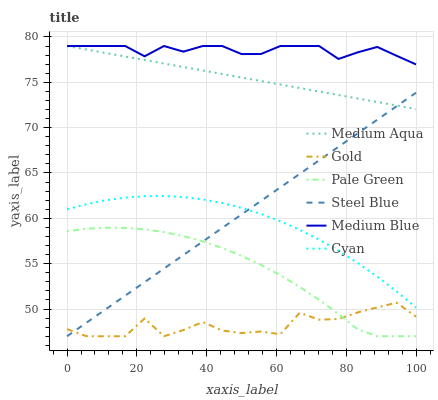
| xaxis_label | Medium Aqua | Gold | Pale Green | Steel Blue | Medium Blue | Cyan |
 | --- | --- | --- | --- | --- | --- | --- |
 | 0 | 79 | 47.8 | 58.6 | 47 | 79 | 61 |
 | 5.56 | 78.6 | 47 | 58.8 | 48.5 | 79 | 61.6 |
 | 11.1 | 78.2 | 47 | 59 | 50 | 79 | 62 |
 | 16.7 | 77.8 | 47 | 58.9 | 51.5 | 79 | 62.3 |
 | 22.2 | 77.5 | 49 | 58.8 | 53 | 77.9 | 62.4 |
 | 27.8 | 77.1 | 47 | 58.5 | 54.5 | 79 | 62.5 |
 | 33.3 | 76.7 | 47.7 | 58 | 56 | 78.4 | 62.3 |
 | 38.9 | 76.3 | 48.6 | 57.5 | 57.4 | 79 | 62.1 |
 | 44.4 | 75.9 | 47.6 | 56.7 | 58.9 | 79 | 61.7 |
 | 50 | 75.5 | 47.3 | 55.9 | 60.4 | 78.1 | 61.2 |
 | 55.6 | 75.1 | 47.5 | 54.9 | 61.9 | 78.1 | 60.5 |
 | 61.1 | 74.8 | 47.2 | 53.7 | 63.4 | 79 | 59.7 |
 | 66.7 | 74.4 | 49.6 | 52.4 | 64.9 | 79 | 58.7 |
 | 72.2 | 74 | 48.8 | 51 | 66.4 | 79 | 57.6 |
 | 77.8 | 73.6 | 48.9 | 49.5 | 67.9 | 77.6 | 56.4 |
 | 83.3 | 73.2 | 49.6 | 47.7 | 69.4 | 78.3 | 55.1 |
 | 88.9 | 72.8 | 50.2 | 47 | 70.9 | 78.9 | 53.6 |
 | 94.4 | 72.4 | 50.7 | 47 | 72.4 | 77.9 | 51.9 |
 | 100 | 72.1 | 49.2 | 47 | 73.9 | 77 | 50.2 |